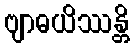
ဗျာဓယိဿန္တိ